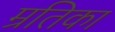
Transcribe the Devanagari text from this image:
म्रतिका